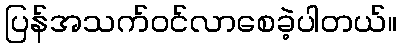
ပြန်အသက်ဝင်လာစေခဲ့ပါတယ်။